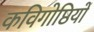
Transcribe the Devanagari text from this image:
कविगोष्ठियों